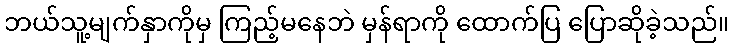
ဘယ်သူ့မျက်နှာကိုမှ ကြည့်မနေဘဲ မှန်ရာကို ထောက်ပြ ပြောဆိုခဲ့သည်။